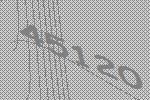
45120